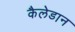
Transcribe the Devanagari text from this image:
कैलेडान